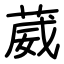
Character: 葳